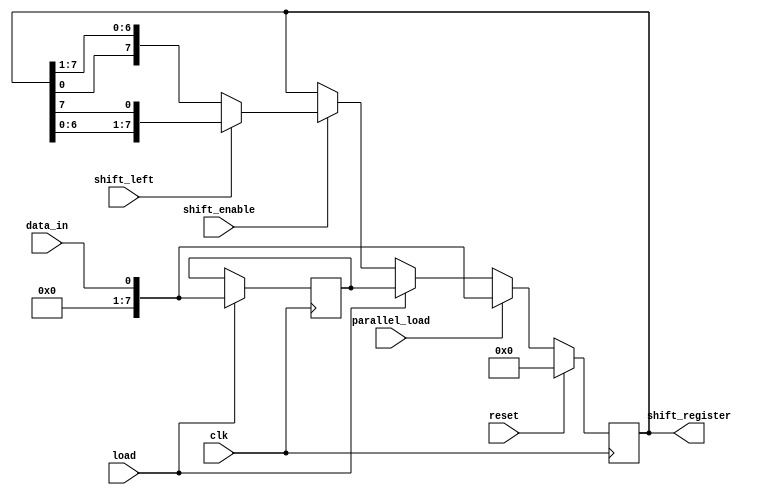
module universal_shift_register (
    input wire clk,
    input wire reset,
    input wire shift_left,
    input wire load,
    input wire parallel_load,
    input wire data_in,
    input wire shift_enable,
    output reg [7:0] shift_register
);

reg [7:0] data_in_reg;

always @(posedge clk)
begin
    if (reset)
        shift_register <= 8'b00000000;
    else if (parallel_load)
        shift_register <= data_in;
    else if (load)
        shift_register <= data_in_reg;
    else if (shift_enable)
        if (shift_left)
            shift_register <= {shift_register[6:0], shift_register[7]};
        else
            shift_register <= {shift_register[0], shift_register[7:1]};
end

always @(posedge clk)
begin
    if (load)
        data_in_reg <= data_in;
end

endmodule